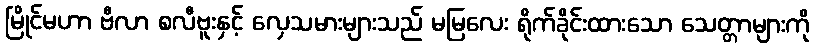
မြိုင်မဟာ ဗီလာ စလီဗူးနှင့် လှေသမားများသည် မမြလေး ရိုက်ခိုင်းထားသော သေတ္တာများကို